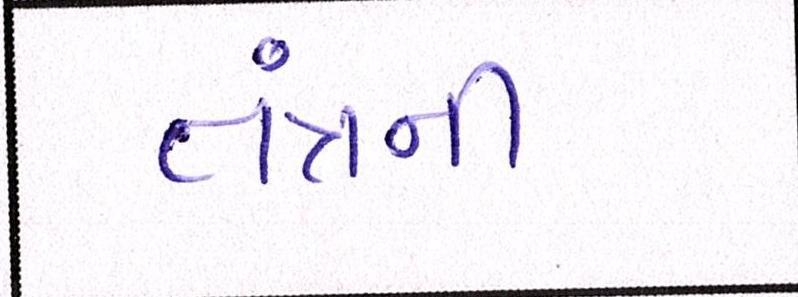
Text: તંત્રની